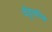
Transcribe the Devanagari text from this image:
चेंडूवरील